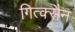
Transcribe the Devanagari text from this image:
गित्क्सैन